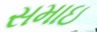
સમાઇ